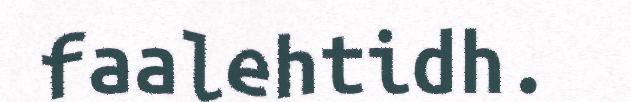
faalehtidh.